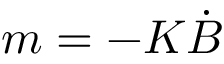
m = - K { \dot { B } }